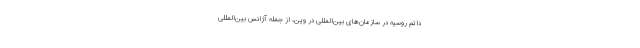
دائم روسیه در سازمان‌های بین‌المللی در وین، از جمله آژانس بین‌المللی